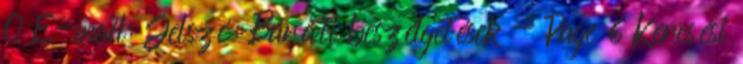
0 E-mail: Jelszó: Baráti beszélgetések - Page 6 Keresési